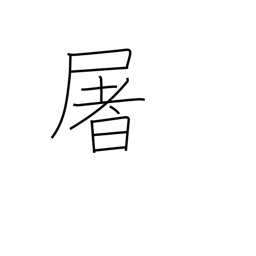
Meaning: slaughter